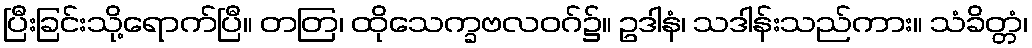
ပြီးခြင်းသို့ရောက်ပြီ။ တတြ၊ ထိုသေက္ခဗလဝဂ်၌။ ဥဒါနံ၊ သဒါန်းသည်ကား။ သံခိတ္တံ၊